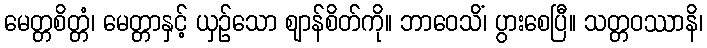
မေတ္တစိတ္တံ၊ မေတ္တာနှင့် ယှဉ်သော ဈာန်စိတ်ကို။ ဘာဝေသိံ၊ ပွားစေပြီ။ သတ္တဝဿာနိ၊